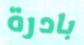
بادرة